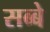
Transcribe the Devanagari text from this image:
सब्बे